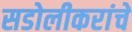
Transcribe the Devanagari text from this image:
सडोलीकरांचे